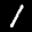
Label: 1